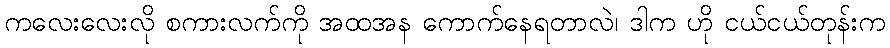
ကလေးလေးလို စကားလက်ကို အထအန ကောက်နေရတာလဲ၊ ဒါက ဟို ငယ်ငယ်တုန်းက